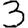
Digit: 3